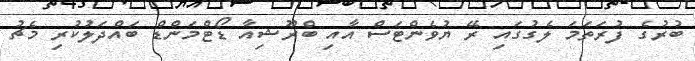
ބުރުގެ ފުރަތަމަ ލެގުގައި ރޭ ޔުވެންޓަސް އާއި ބްރޫޝިއާ ޑޯޓްމަންޑް ބައްދަލުކުރި މެޗު